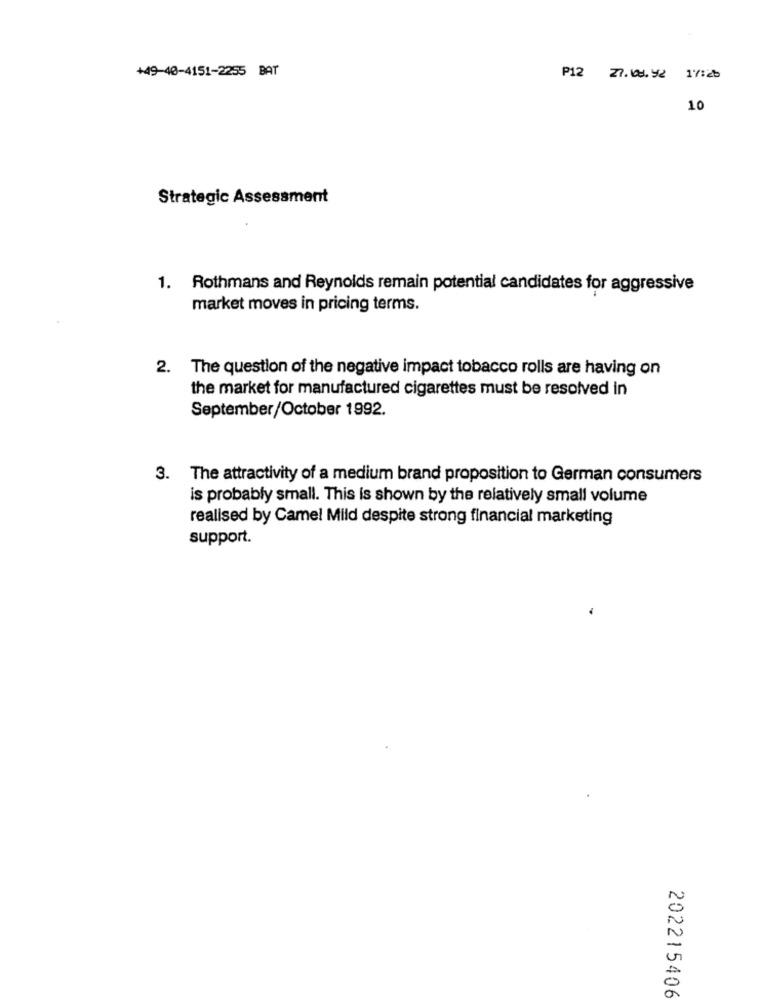
+49-40-4151-2255 BAT
P12 27.68.92 17:2b
10
Strategic Assessment
1. Rothmans and Reynolds remain potential candidates for aggressive
market moves in pricing terms.
2. The question of the negative impact tobacco rolls are having on
the market for manufactured cigarettes must be resolved in
September/October 1992.
3. The attractivity of a medium brand proposition to German consumers
is probably small. This is shown by the relatively small volume
realised by Camel Mild despite strong financial marketing
support.
202215406